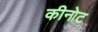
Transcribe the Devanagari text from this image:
कीनोट